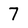
Character: 7